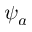
\psi _ { a }